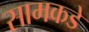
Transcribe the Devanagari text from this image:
सामकडे